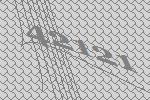
42121